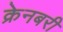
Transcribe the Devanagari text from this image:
क्रेनबरी